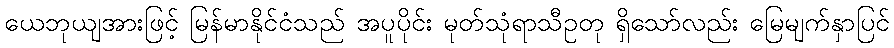
ယေဘုယျအားဖြင့် မြန်မာနိုင်ငံသည် အပူပိုင်း မုတ်သုံရာသီဥတု ရှိသော်လည်း မြေမျက်နှာပြင်